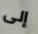
إلى